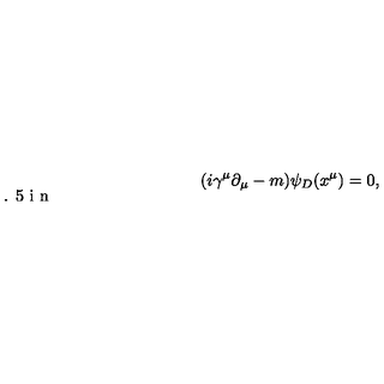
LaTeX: ( i \gamma ^ { \mu } \partial _ { \mu } - m ) \psi _ { D } ( x ^ { \mu } ) = 0 , \vspace { 0 . 5 i n }